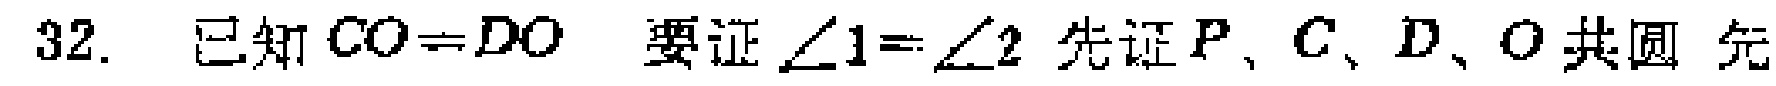
32. 已知 \(CO = DO\)，要证 \(\angle1=\angle2\)，先证 \(P\)、\(C\)、\(D\)、\(O\) 共圆，先